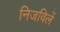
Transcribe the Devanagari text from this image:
निजविलें